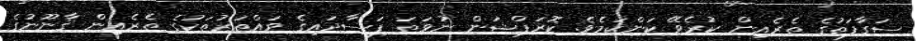
ސަގާފަތުގެ ތެރެއިން ކުރެވޭ ކަންކަމެވެ. ކޮރަޕްޝަން ނުވަތަ ފަސާދައިގެ ވައްތަރުތަކުގެ ތެރެއިން ޤާނޫނުގެ